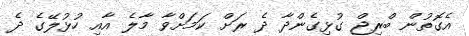
އެގޮތުން ބްރިޖް ގުޅިގެންދާ ދެ ރަށް ކަމަށްވާ މާލެ އާއި ހުޅުލޭގެ ދެ